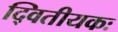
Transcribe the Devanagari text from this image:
द्वितीयकः